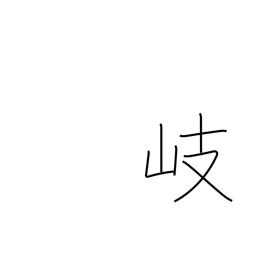
Meaning: branch off